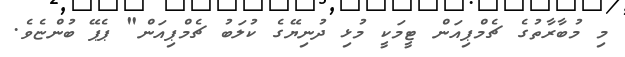
މި މުބާރާތުގެ ޗެމްޕިއަން ޓީމަކީ މުޅި ދުނިޔޭގެ ކުލަބު ޗެމްޕިއަން" ޕެޕޭ ބުންޏެވެ.